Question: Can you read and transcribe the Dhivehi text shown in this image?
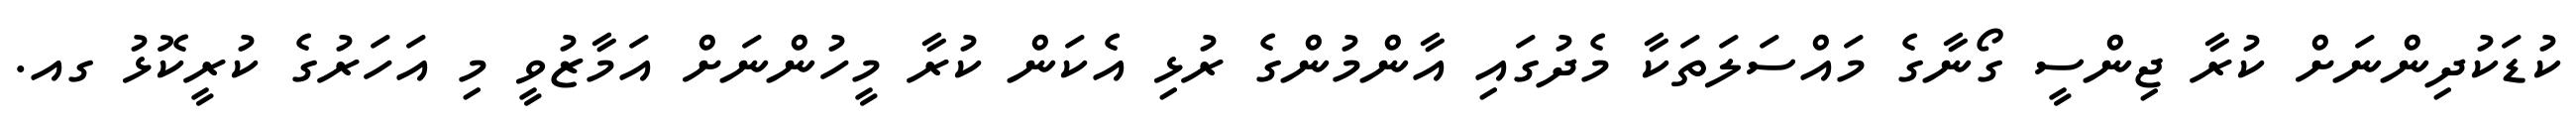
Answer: ކުޑަކުދިންނަށް ކުރާ ޖިންސީ ގޯނާގެ މައްސަލަތަކާ މެދުގައި އާންމުންގެ ރުޅި އެކަން ކުރާ މީހުންނަށް އަމާޒުވީ މި އަހަރުގެ ކުރީކޮޅު ގއ.